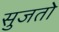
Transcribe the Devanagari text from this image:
सुजतो